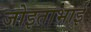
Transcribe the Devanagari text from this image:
जोइताभाई